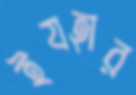
ইযহার